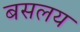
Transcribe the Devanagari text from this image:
बसलय